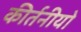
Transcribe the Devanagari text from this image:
कीर्तनीयो